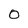
Character: O